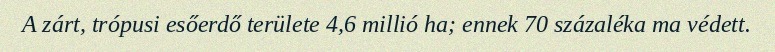
A zárt, trópusi esőerdő területe 4,6 millió ha; ennek 70 százaléka ma védett.